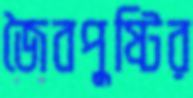
জৈবপুষ্টির